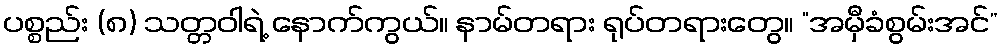
ပစ္စည်း (၈) သတ္တဝါရဲ့ နောက်ကွယ်။ နာမ်တရား ရုပ်တရားတွေ။ “အမှီခံစွမ်းအင်”